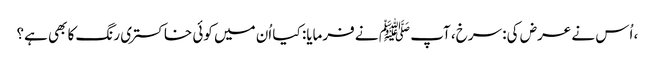
، اُس نے عرض کی: سرخ، آپ ﷺ نے فرمایا: کیا اُن میں کوئی خاکستری رنگ کا بھی ہے؟